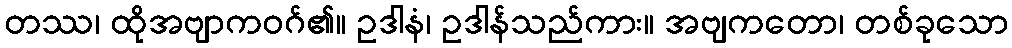
တဿ၊ ထိုအဗျာကဝဂ်၏။ ဥဒါနံ၊ ဥဒါန်သည်ကား။ အဗျကတော၊ တစ်ခုသော